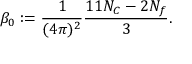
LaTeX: \beta _ { 0 } : = \frac { 1 } { ( 4 \pi ) ^ { 2 } } \frac { 1 1 N _ { C } - 2 N _ { f } } { 3 } .